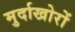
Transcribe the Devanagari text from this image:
मुर्दाखोरों